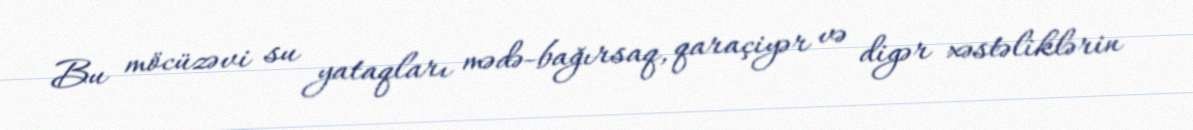
Bu möcüzəvi su yataqları mədə-bağırsaq, qaraçiyər və digər xəstəliklərin